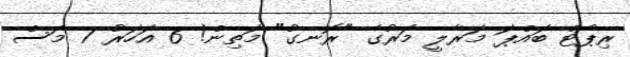
ރިޕޯޓް ބައްޕަ މަރާލީ މަރުގެ "ރޮނގު" މަތިން! 6 އަހަރު 7 މަސް